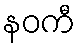
နဝကီ